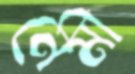
নেমী